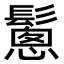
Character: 𩮰